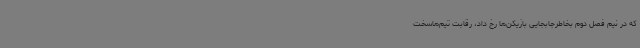
که در نیم فصل دوم‌ بخاطرجابجایی‌ بازیکن‌ها رخ داد، رقابت‌ تیم‌هاسخت